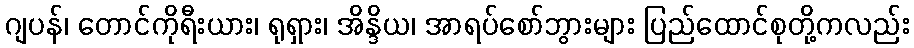
ဂျပန်၊ တောင်ကိုရီးယား၊ ရုရှား၊ အိန္ဒိယ၊ အာရပ်စော်ဘွားများ ပြည်ထောင်စုတို့ကလည်း